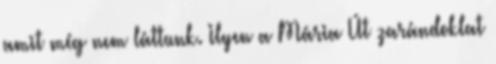
amit még nem láttunk. Ilyen a Mária Út zarándoklat